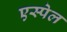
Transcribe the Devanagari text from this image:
एस्पेल